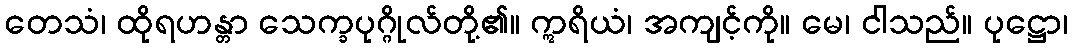
တေသံ၊ ထိုရဟန္တာ သေက္ခပုဂ္ဂိုလ်တို့၏။ ဣရိယံ၊ အကျင့်ကို။ မေ၊ ငါသည်။ ပုဋ္ဌော၊